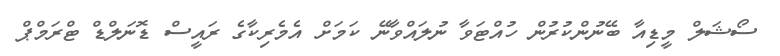
ސޯޝަލް މީޑިއާ ބޭނުންކުރުން ހުއްޓަވާ ނުލައްވާނޭ ކަމަށް އެމެރިކާގެ ރައީސް ޑޮނަލްޑް ޓްރަމްޕް